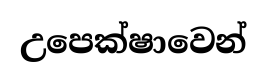
උපෙක්ෂාවෙන්